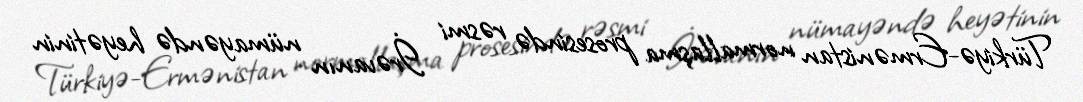
Türkiyə-Ermənistan normallaşma prosesində rəsmi İrəvanın nümayəndə heyətinin